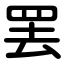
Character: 罢